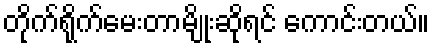
တိုက်ရိုက်မေးတာမျိုးဆိုရင် ကောင်းတယ်။